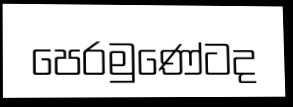
පෙරමුණේටද